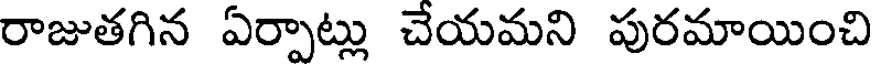
రాజుతగిన ఏర్పాట్లు చేయమని పురమాయించి